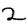
Digit: 2